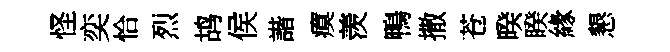
怪奕恰烈鸪侯諧瘼羡鴨撒苍暌睽緣懇